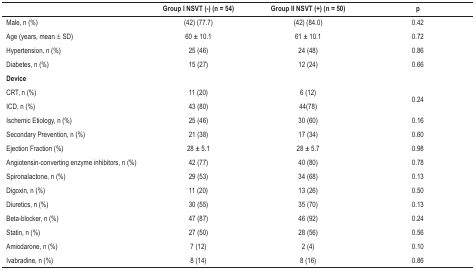
<table><thead><tr><td>[EMPTY_CELL]</td><td><b>Group I NSVT (-) (n = 54)</b></td><td><b>Group II NSVT (+) (n = 50)</b></td><td><b>p</b></td></tr></thead><tbody><tr><td>Male, n (%)</td><td>(42) (77.7)</td><td>(42) (84.0)</td><td>0.42</td></tr><tr><td>Age (years, mean ± SD)</td><td>60 ± 10.1</td><td>61 ± 10.1</td><td>0.72</td></tr><tr><td>Hypertension, n (%)</td><td>25 (46)</td><td>24 (48)</td><td>0.86</td></tr><tr><td>Diabetes, n (%)</td><td>15 (27)</td><td>12 (24)</td><td>0.66</td></tr><tr><td><b>Device</b></td><td>[EMPTY_CELL]</td><td>[EMPTY_CELL]</td><td>[EMPTY_CELL]</td></tr><tr><td>CRT, n (%)</td><td>11 (20)</td><td>6 (12)</td><td rowspan="2">0.24</td></tr><tr><td>ICD, n (%)</td><td>43 (80)</td><td>44(78)</td></tr><tr><td>Ischemic Etiology, n (%)</td><td>25 (46)</td><td>30 (60)</td><td>0.16</td></tr><tr><td>Secondary Prevention, n (%)</td><td>21 (38)</td><td>17 (34)</td><td>0.60</td></tr><tr><td>Ejection Fraction (%)</td><td>28 ± 5.1</td><td>28 ± 5.7</td><td>0.98</td></tr><tr><td>Angiotensin-converting enzyme inhibitors, n (%)</td><td>42 (77)</td><td>40 (80)</td><td>0.78</td></tr><tr><td>Spironalactone, n (%)</td><td>29 (53)</td><td>34 (68)</td><td>0.13</td></tr><tr><td>Digoxin, n (%)</td><td>11 (20)</td><td>13 (26)</td><td>0.50</td></tr><tr><td>Diuretics, n (%)</td><td>30 (55)</td><td>35 (70)</td><td>0.13</td></tr><tr><td>Beta-blocker, n (%)</td><td>47 (87)</td><td>46 (92)</td><td>0.24</td></tr><tr><td>Statin, n (%)</td><td>27 (50)</td><td>28 (56)</td><td>0.56</td></tr><tr><td>Amiodarone, n (%)</td><td>7 (12)</td><td>2 (4)</td><td>0.10</td></tr><tr><td>Ivabradine, n (%)</td><td>8 (14)</td><td>8 (16)</td><td>0.86</td></tr></tbody></table>